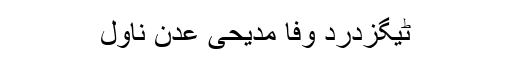
ٹیگزدرد وفا مدیحی عدن ناول